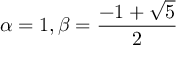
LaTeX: \alpha = 1 , \beta = { \frac { - 1 + { \sqrt { 5 } } } { 2 } }